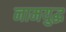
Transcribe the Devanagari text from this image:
नामयुद्ध